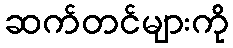
ဆက်တင်များကို